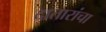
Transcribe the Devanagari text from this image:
दातारांचा